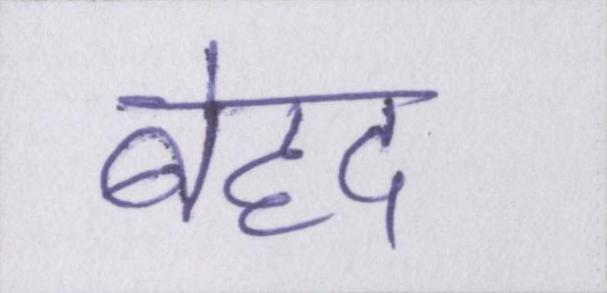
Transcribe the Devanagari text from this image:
बेहद